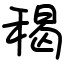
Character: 䅥